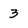
Character: 3